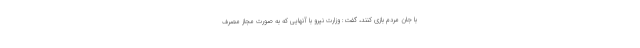
با جان مردم بازی کنند، گفت: وزارت نیرو با آنهایی که به صورت مجاز مصرف